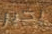
بخير